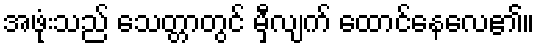
အဖုံးသည် သေတ္တာတွင် မှီလျက် ထောင်နေလေ၏။